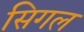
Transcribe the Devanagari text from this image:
सिगल